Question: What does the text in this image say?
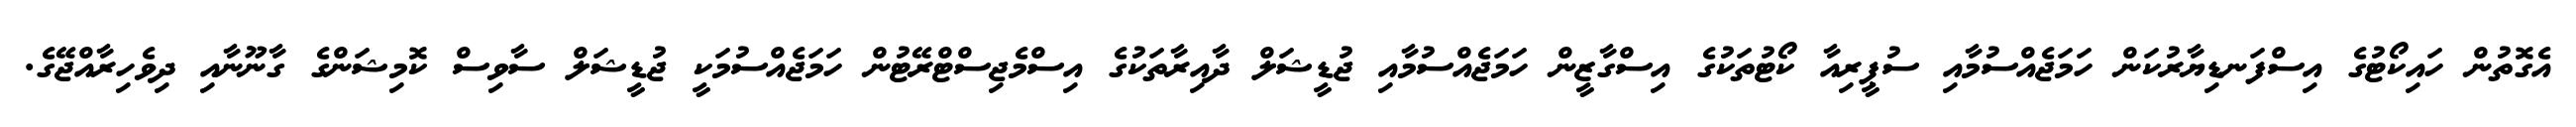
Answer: އެގޮތުން ހައިކޯޓުގެ އިސްފަނޑިޔާރުކަން ހަމަޖެއްސުމާއި ސުޕީރިއާ ކޯޓުތަކުގެ އިސްގާޒީން ހަމަޖެއްސުމާއި ޖުޑީޝަލް ދާއިރާތަކުގެ އިސްމެޖިސްޓްރޭޓުން ހަމަޖެއްސުމަކީ ޖުޑީޝަލް ސާވިސް ކޮމިޝަންގެ ގާނޫނާއި ދިވެހިރާއްޖޭގެ.